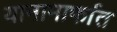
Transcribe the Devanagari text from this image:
यानामार्फात